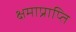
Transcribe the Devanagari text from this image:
क्षमाप्राप्ति